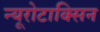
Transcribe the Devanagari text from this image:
न्यूरोटाक्सिन